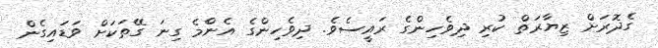
ގެދޮރަށް ޒިޔާރަތް ކުރި ދިވެހިންގެ ރައީސެވެ. ދިވެހިންގެ އެންެމެ ގިނަ ގޭތަކަށް ވަޑައިގެން